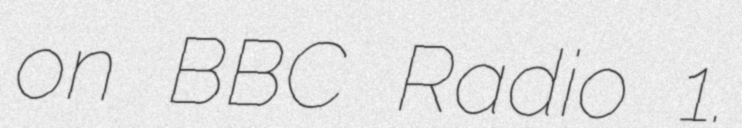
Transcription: on BBC Radio 1.